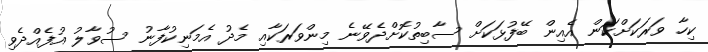
ކިހާ ވަރަކަށްކަން އެއިން ބޭފުޅަކަށް ސާބިތުކޮށްދެވޭނެ މިންވަރަކާއި މެދު އެމަނިކުފާނު ސުވާލު އުފެއްދެވި